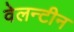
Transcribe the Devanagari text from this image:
वेलन्टीन